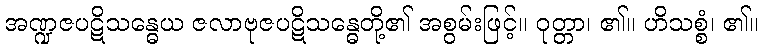
အဏ္ဍဇပဋိသန္ဓေယ ဇလာဗုဇပဋိသန္ဓေတို့၏ အစွမ်းဖြင့်။ ဝုတ္တာ၊ ၏။ ဟိသစ္စံ၊ ၏။